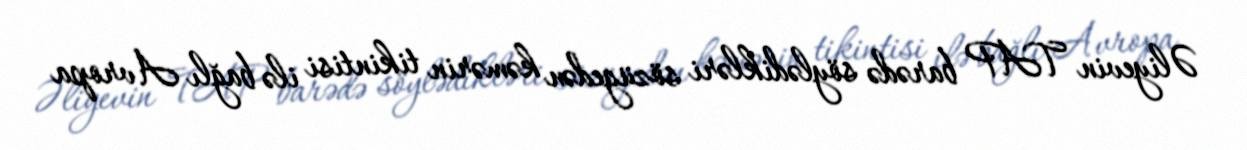
Əliyevin TAP barədə söylədikləri sözügedən kəmərin tikintisi ilə bağlı Avropa